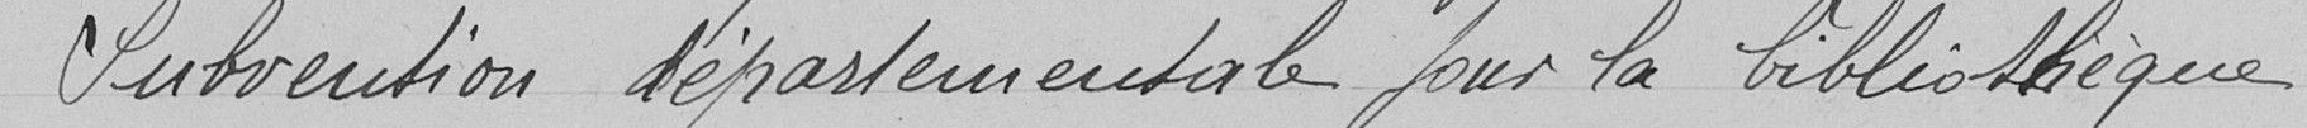
Subvention départementale pour la bibliothèque